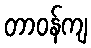
တာဝန်ကျ